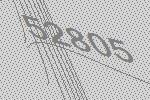
52805